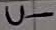
Text: U-